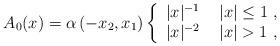
LaTeX: \begin{align*} A_0(x) = \alpha\, (-x_2, x_1) \left\{\begin{array}{l@{\quad}l}|x|^{-1} \, &|x| \leq 1 \ , \\|x|^{-2}\, &|x| >1 \ , \end{array}\right.\end{align*}